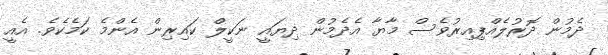
ދެމުން ދޮރުލެއްޕިއިރުވެސް މާޔާ އެދެމުން ދިޔައީ ނަކީލް ކައިރިން އެންމެ ކަމެކެވެ. އެއީ